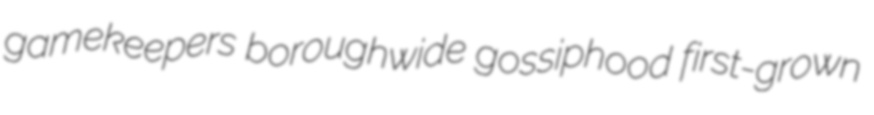
gamekeepers boroughwide gossiphood first-grown